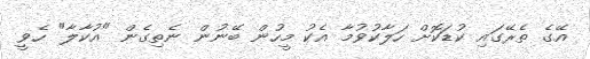
އޭގެ ތެރޭގައި ކުޑަކޮށް ހަލާކުވުމާ އެކު މީހުން ބޭނުން ނެތިގެން "އުކާލާ" ހެވީ